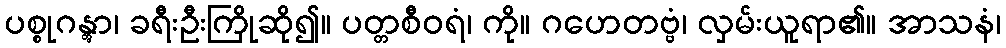
ပစ္စုဂန္တွာ၊ ခရီးဦးကြိုဆို၍။ ပတ္တစီဝရံ၊ ကို။ ဂဟေတဗ္ဗံ၊ လှမ်းယူရာ၏။ အာသနံ၊